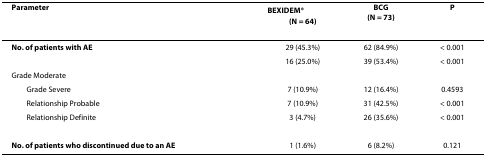
<table><thead><tr><td><b>Parameter</b></td><td><b>BEXIDEM<sup>®</sup>(N = 64)</b></td><td><b>BCG(N = 73)</b></td><td><b>P</b></td></tr></thead><tbody><tr><td><b>No. of patients with AE</b></td><td>29 (45.3%)</td><td>62 (84.9%)</td><td>&lt; 0.001</td></tr><tr><td></td><td>16 (25.0%)</td><td>39 (53.4%)</td><td>&lt; 0.001</td></tr><tr><td>Grade Moderate</td><td></td><td></td><td></td></tr><tr><td> Grade Severe</td><td>7 (10.9%)</td><td>12 (16.4%)</td><td>0.4593</td></tr><tr><td> Relationship Probable</td><td>7 (10.9%)</td><td>31 (42.5%)</td><td>&lt; 0.001</td></tr><tr><td> Relationship Definite</td><td>3 (4.7%)</td><td>26 (35.6%)</td><td>&lt; 0.001</td></tr><tr><td><b>No. of patients who discontinued due to an AE</b></td><td>1 (1.6%)</td><td>6 (8.2%)</td><td>0.121</td></tr></tbody></table>